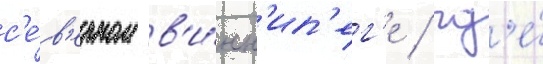
с'е́в'ерном в'и́нн'ип'ег'е / гд'е́